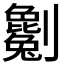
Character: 𠠥